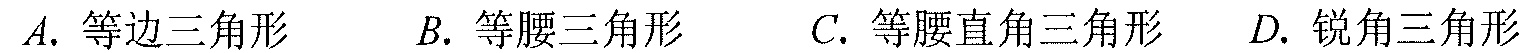
$A.$ 等边三角形  $B.$ 等腰三角形  $C.$ 等腰直角三角形  $D.$ 锐角三角形